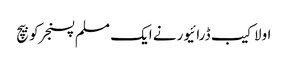
اولاکیب ڈرائیورنے ایک مسلم پسنجرکوبیچ